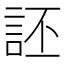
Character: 𫌶